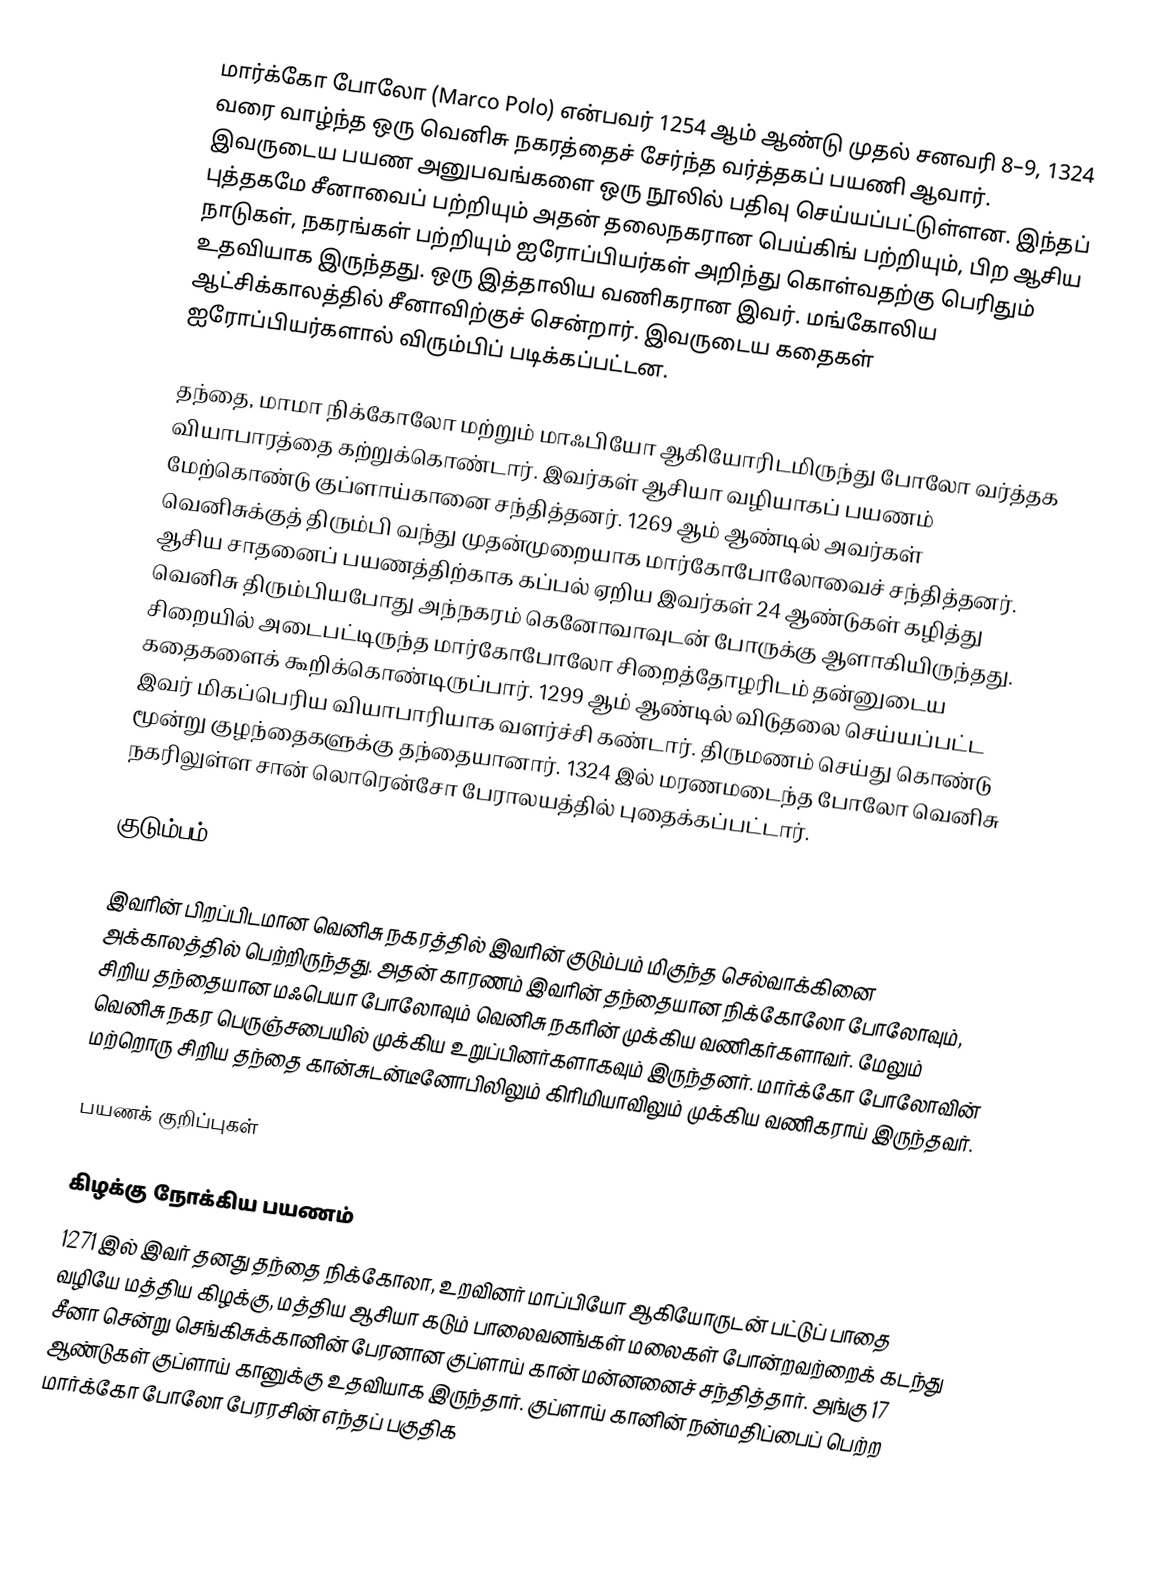
மார்க்கோ போலோ (Marco Polo)  என்பவர் 1254 ஆம் ஆண்டு முதல் சனவரி 8–9, 1324 வரை வாழ்ந்த ஒரு வெனிசு நகரத்தைச் சேர்ந்த வர்த்தகப் பயணி ஆவார். இவருடைய பயண அனுபவங்களை ஒரு நூலில் பதிவு செய்யப்பட்டுள்ளன. இந்தப் புத்தகமே சீனாவைப் பற்றியும் அதன் தலைநகரான பெய்கிங் பற்றியும், பிற ஆசிய நாடுகள், நகரங்கள் பற்றியும் ஐரோப்பியர்கள் அறிந்து கொள்வதற்கு பெரிதும் உதவியாக இருந்தது. ஒரு இத்தாலிய வணிகரான இவர்.  மங்கோலிய ஆட்சிக்காலத்தில் சீனாவிற்குச் சென்றார். இவருடைய கதைகள் ஐரோப்பியர்களால் விரும்பிப் படிக்கப்பட்டன.

தந்தை, மாமா நிக்கோலோ மற்றும் மாஃபியோ  ஆகியோரிடமிருந்து போலோ வர்த்தக வியாபாரத்தை கற்றுக்கொண்டார். இவர்கள் ஆசியா வழியாகப் பயணம் மேற்கொண்டு குப்ளாய்கானை சந்தித்தனர். 1269 ஆம் ஆண்டில் அவர்கள் வெனிசுக்குத் திரும்பி வந்து முதன்முறையாக மார்கோபோலோவைச் சந்தித்தனர். ஆசிய சாதனைப் பயணத்திற்காக கப்பல் ஏறிய இவர்கள் 24 ஆண்டுகள் கழித்து வெனிசு திரும்பியபோது அந்நகரம் கெனோவாவுடன் போருக்கு ஆளாகியிருந்தது. சிறையில் அடைபட்டிருந்த மார்கோபோலோ சிறைத்தோழரிடம் தன்னுடைய கதைகளைக் கூறிக்கொண்டிருப்பார். 1299 ஆம் ஆண்டில் விடுதலை செய்யப்பட்ட இவர் மிகப்பெரிய வியாபாரியாக வளர்ச்சி கண்டார். திருமணம் செய்து கொண்டு மூன்று குழந்தைகளுக்கு தந்தையானார். 1324 இல் மரணமடைந்த போலோ வெனிசு நகரிலுள்ள சான் லொரென்சோ பேராலயத்தில் புதைக்கப்பட்டார்.

குடும்பம்

இவரின் பிறப்பிடமான வெனிசு நகரத்தில் இவரின் குடும்பம் மிகுந்த செல்வாக்கினை அக்காலத்தில் பெற்றிருந்தது. அதன் காரணம் இவரின் தந்தையான நிக்கோலோ போலோவும், சிறிய தந்தையான மஃபெயா போலோவும் வெனிசு நகரின் முக்கிய வணிகர்களாவர். மேலும் வெனிசு நகர பெருஞ்சபையில் முக்கிய உறுப்பினர்களாகவும் இருந்தனர். மார்க்கோ போலோவின் மற்றொரு சிறிய தந்தை கான்சுடன்டீனோபிலிலும் கிரிமியாவிலும் முக்கிய வணிகராய் இருந்தவர்.

பயணக் குறிப்புகள்

கிழக்கு நோக்கிய பயணம்
1271 இல் இவர் தனது தந்தை நிக்கோலா, உறவினர் மாப்பியோ ஆகியோருடன் பட்டுப் பாதை வழியே மத்திய கிழக்கு, மத்திய ஆசியா கடும் பாலைவனங்கள் மலைகள் போன்றவற்றைக் கடந்து சீனா சென்று செங்கிசுக்கானின் பேரனான குப்ளாய் கான் மன்னனைச் சந்தித்தார். அங்கு 17 ஆண்டுகள் குப்ளாய் கானுக்கு உதவியாக இருந்தார். குப்ளாய் கானின் நன்மதிப்பைப் பெற்ற மார்க்கோ போலோ பேரரசின் எந்தப் பகுதிக